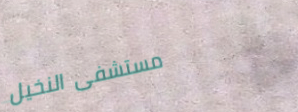
مستشفى النخيل